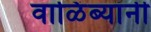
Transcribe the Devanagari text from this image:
वाळिंब्यांनी